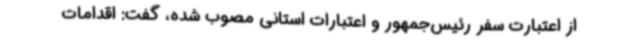
از اعتبارت سفر رئیس‌جمهور و اعتبارات استانی مصوب شده، گفت: اقدامات